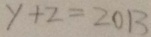
y + z = 2 0 1 3